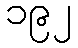
၁၉၂